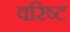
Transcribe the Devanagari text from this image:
वरिष्‍ट